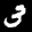
Label: 3